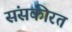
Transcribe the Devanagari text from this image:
संसकीरत